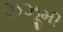
ઝઝૂમી